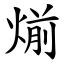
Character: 㷙